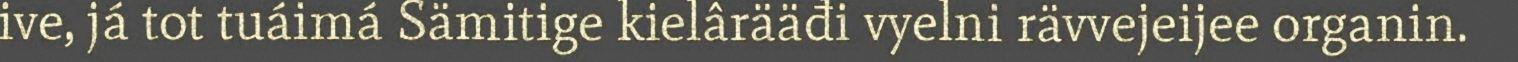
ive, já tot tuáimá Sämitige kielârääđi vyelni rävvejeijee organin.